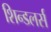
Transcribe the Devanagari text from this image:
शिन्डलर्स